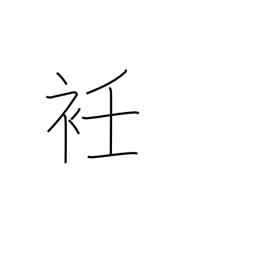
Meaning: neck of a garment